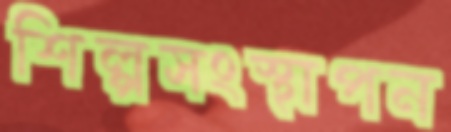
শিল্পসংস্থাপন